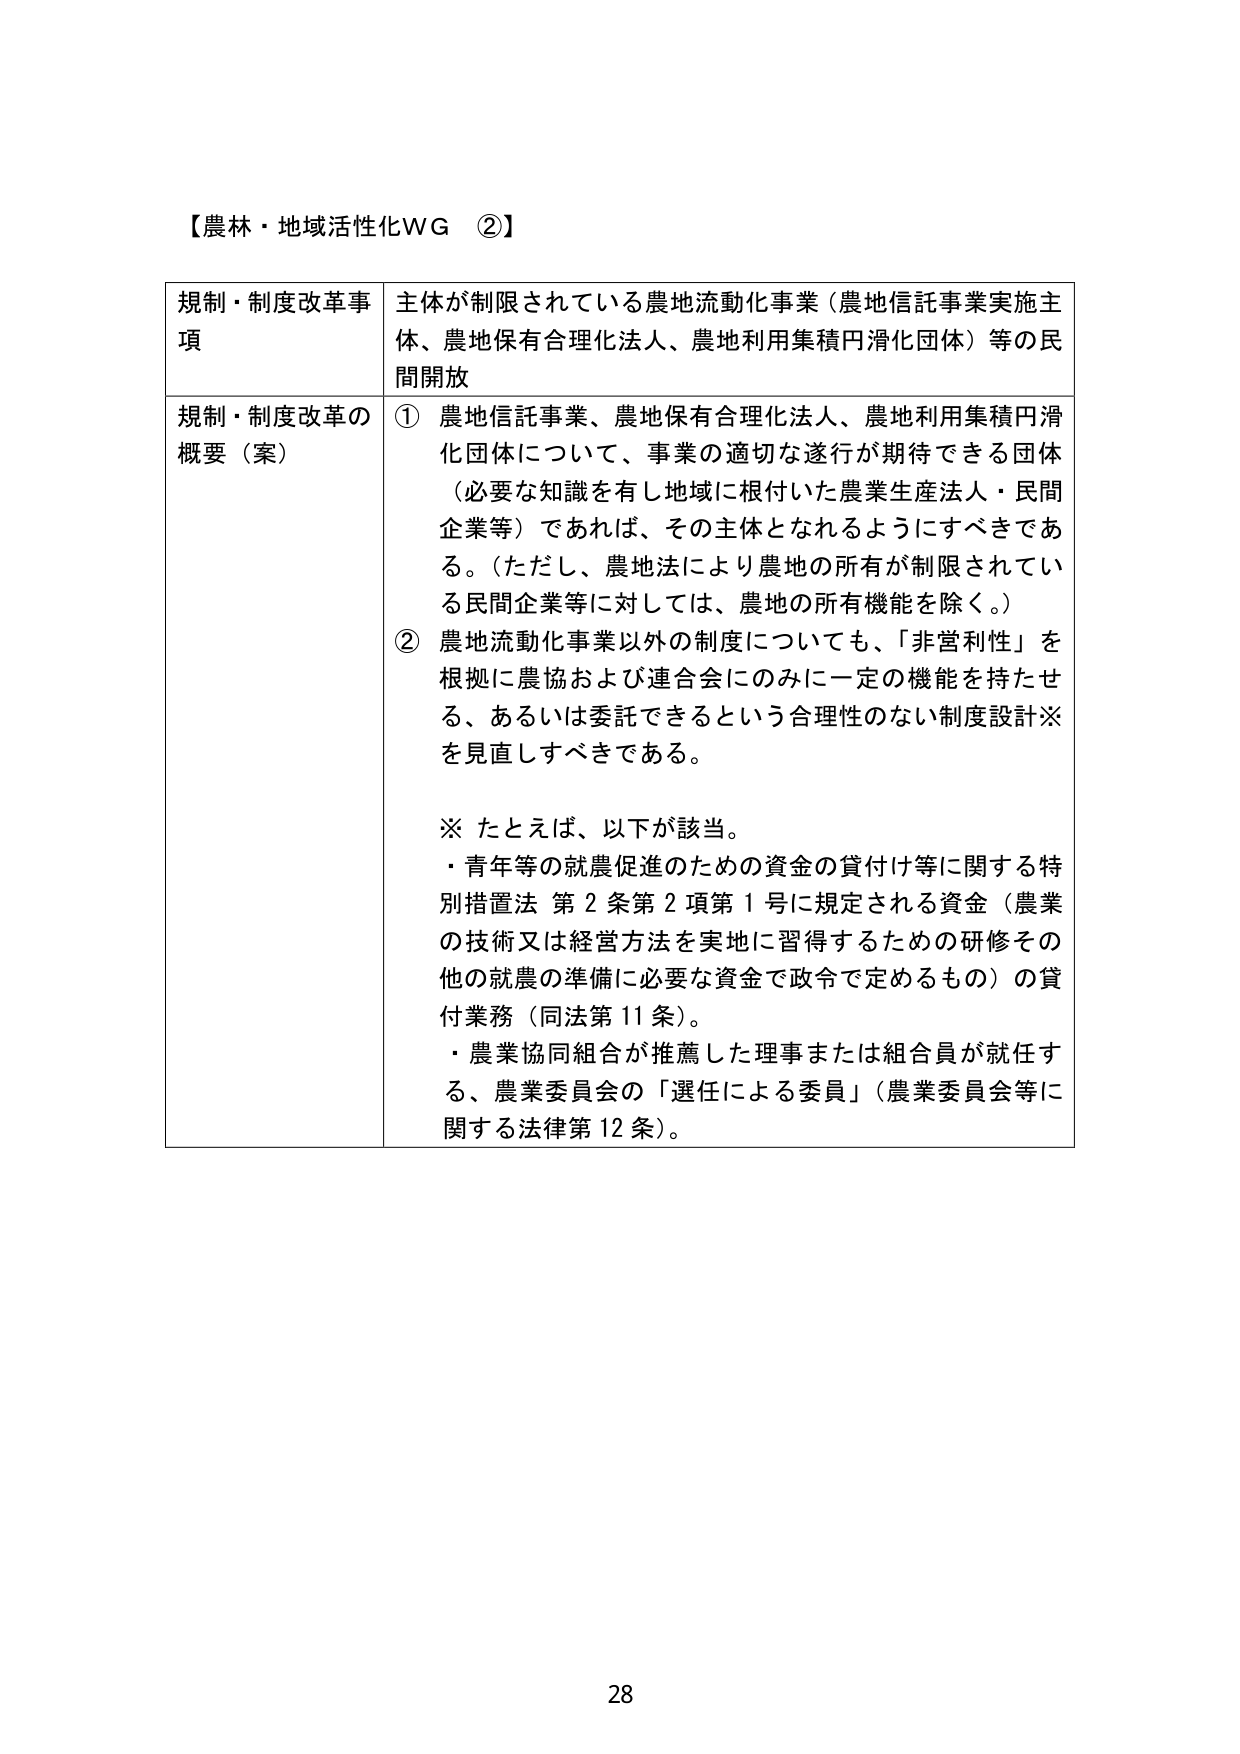
【農林・地域活性化WG ②】

規制・制度改革事項　主体が制限されている農地流動化事業（農地信託事業実施主体、農地保有合理化法人、農地利用集積円滑化団体）等の民間開放

規制・制度改革の概要（案）　① 農地信託事業、農地保有合理化法人、農地利用集積円滑化団体について、事業の適切な遂行が期待できる団体（必要な知識を有し地域に根付いた農業生産法人・民間企業等）であれば、その主体となれるようにすべきである。（ただし、農地法により農地の所有が制限されている民間企業等に対しては、農地の所有機能を除く。）

② 農地流動化事業以外の制度についても、「非営利性」を根拠に農協および連合会にのみに一定の機能を持たせる、あるいは委託できるという合理性のない制度設計※を見直しすべきである。

※ たとえば、以下が該当。
・青年等の就農促進のための資金の貸付け等に関する特別措置法 第2条第2項第1号に規定される資金（農業の技術又は経営方法を実地に習得するための研修その他の就農の準備に必要な資金で政令で定めるもの）の貸付業務（同法第11条）。
・農業協同組合が推薦した理事または組合員が就任する、農業委員会の「選任による委員」（農業委員会等に関する法律第12条）。

28